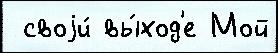
 своjи́ вы́ход'е Мой